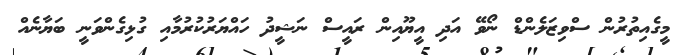
މީގެއިތުރުން ސްވިޒަލެންޑް ނޯވޭ އަދި އީޔޫއިން ރައީސް ނަޝީދު ހައްޔަރުކުރުމާއި ގުޅިގެންވަނީ ބަޔާނެއް